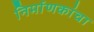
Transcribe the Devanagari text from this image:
निर्माणकांचा